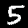
Label: 5